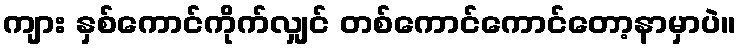
ကျား နှစ်ကောင်ကိုက်လျှင် တစ်ကောင်ကောင်တော့နာမှာပဲ။